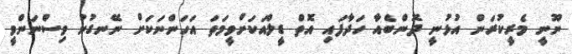
ނޫނީ މެރީކުރަން އުޅުނީ ދޮންބެއާ ހަދާފައި އޮތް ޑީލްއަކަށްވީމަތަ އަހަންނަކަށް ނޭނގުނު ވިސްނަންވީ